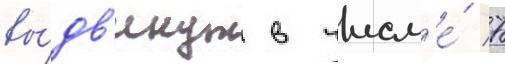
вы́дв'инут в числ'е́ 7